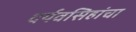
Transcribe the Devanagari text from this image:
दर्यवसिहांचा